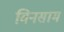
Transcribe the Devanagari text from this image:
विनसाम